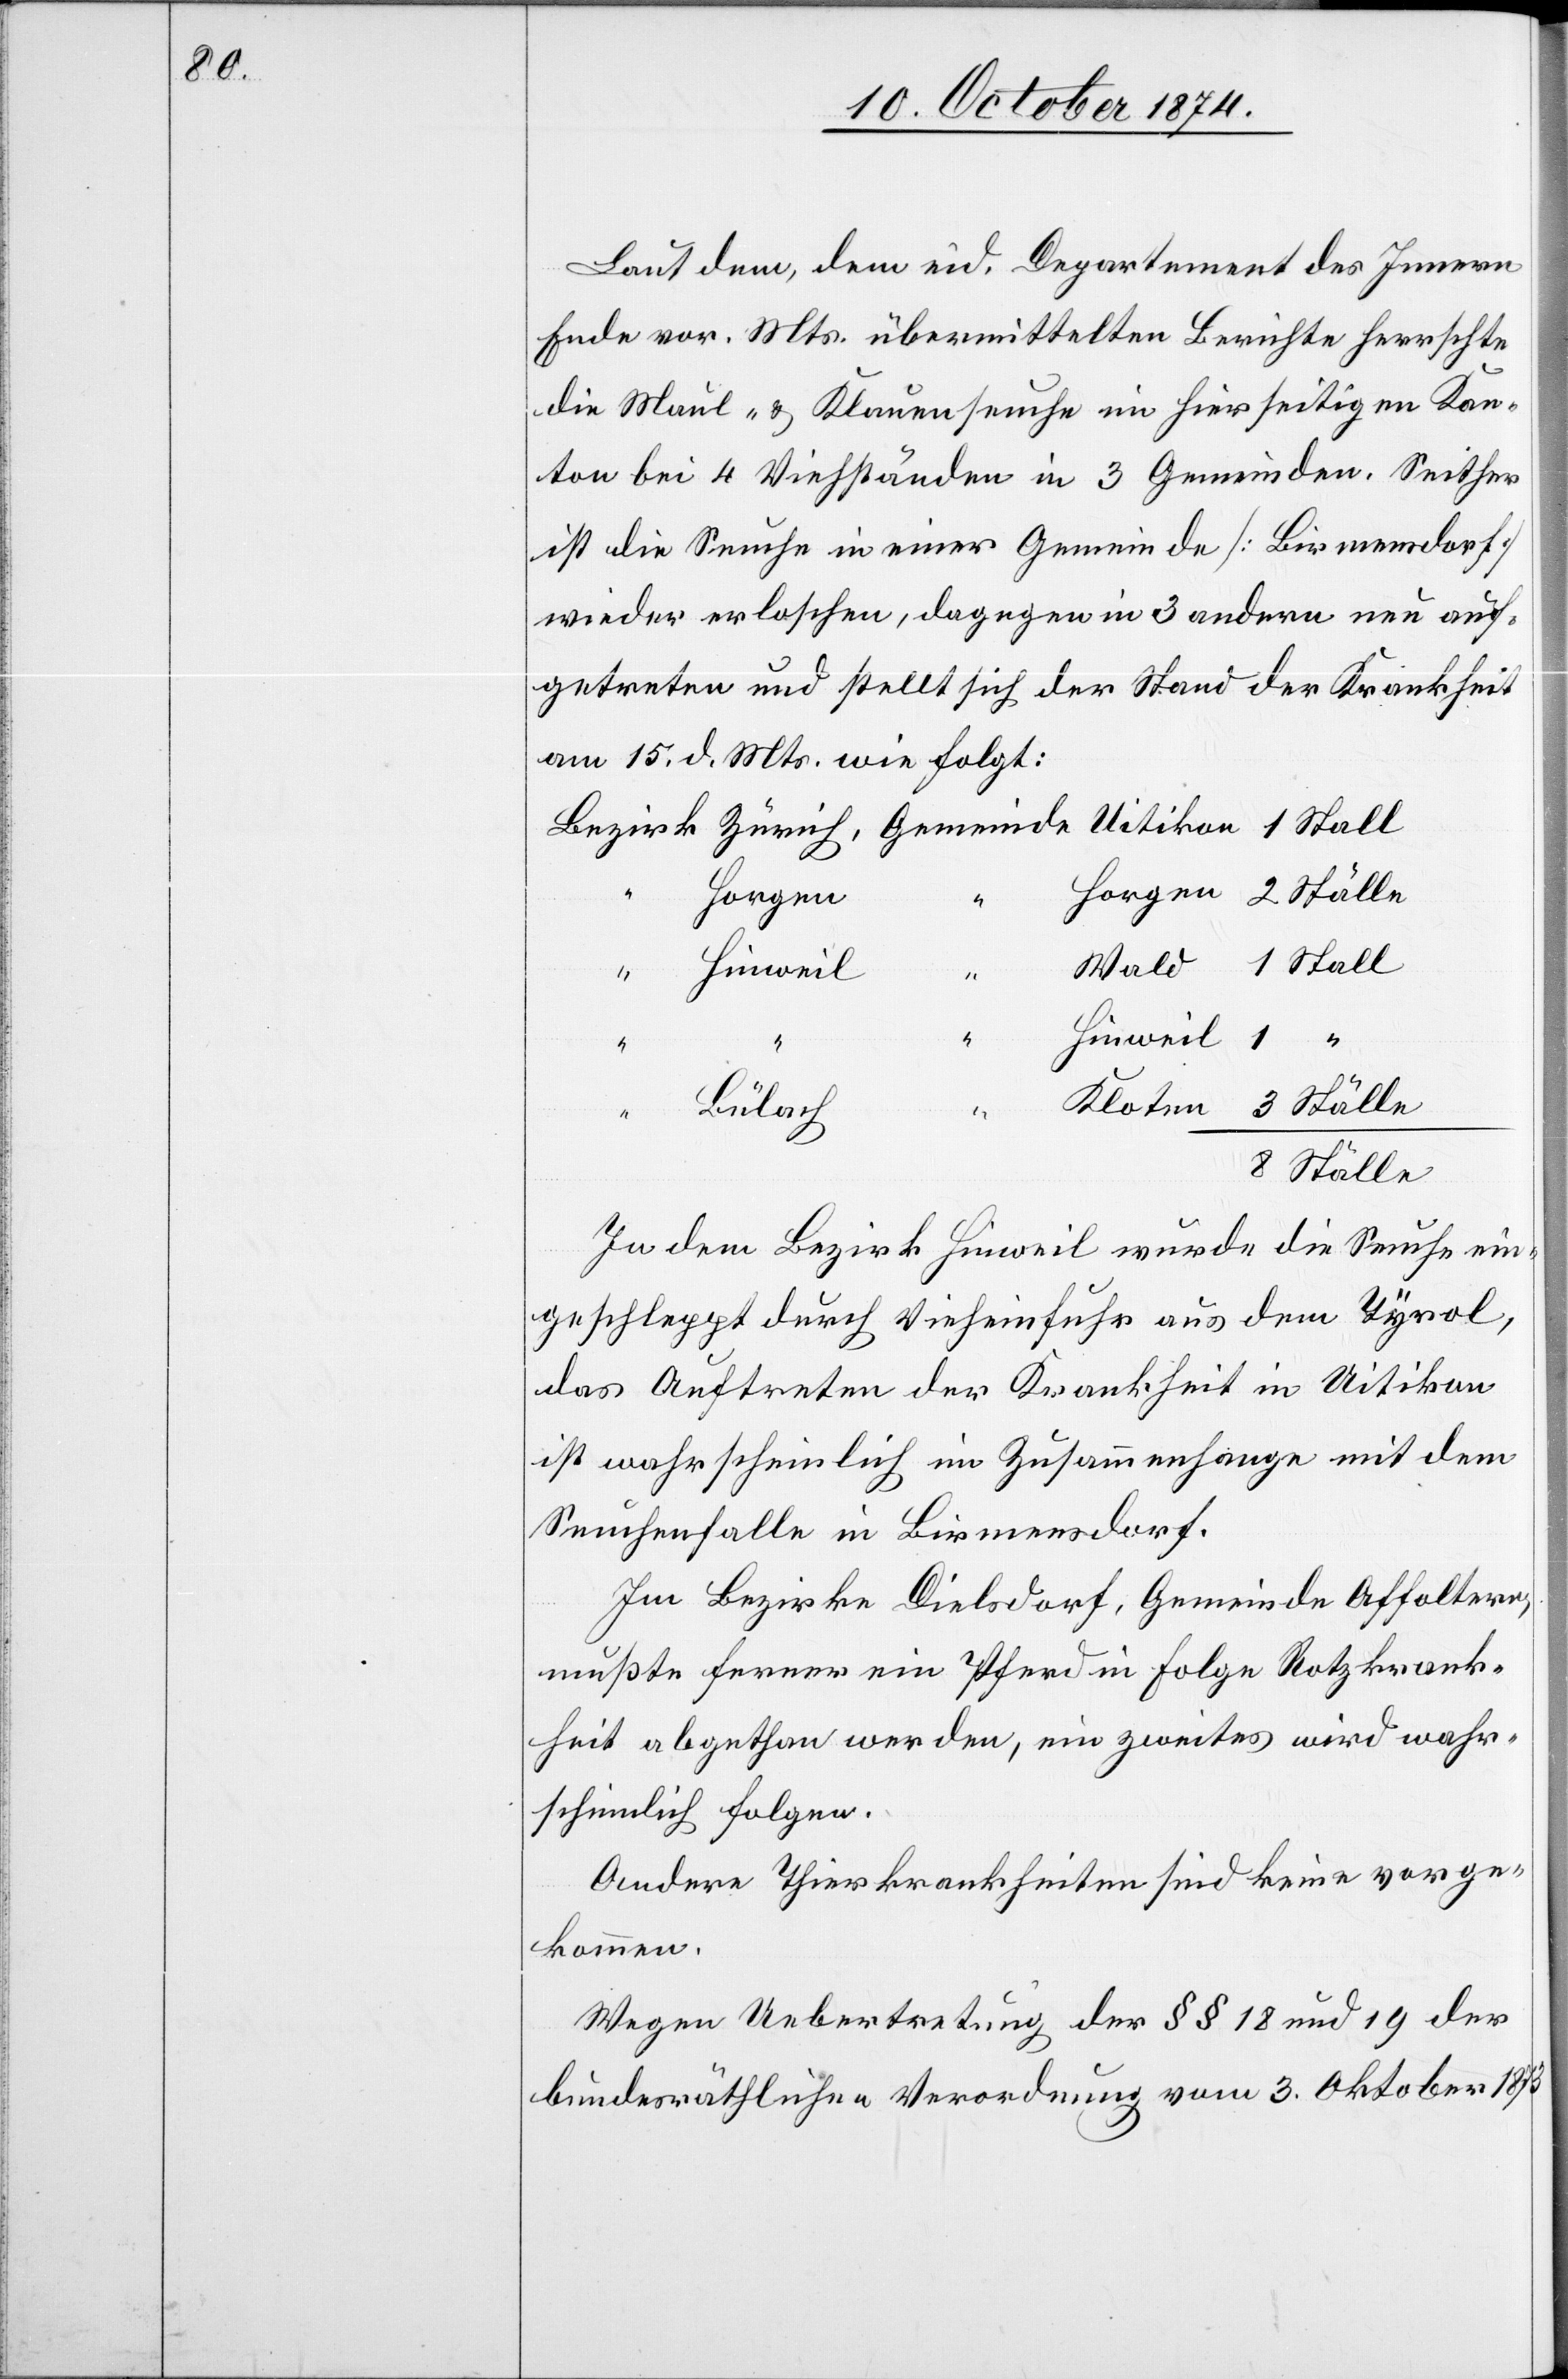
Laut dem, dem eid. Departement des Innern
Ende vor. Mts. übermittelten Berichte herrschte
die Maul- & Klauenseuche im hierseitigen Kan¬
ton bei 4 Viehständen in 3 Gemeinden. Seither
ist die Seuche in einer Gemeinde [Birmensdorf]
wieder erloschen, dagegen in 3 andern neu auf¬
getreten und stellt sich der Stand der Krankheit
am 15. d. Mts. wie folgt:
Horgen
Hinweil
1
1
“
Bülach
“
Ställe
In dem Bezirk Hinweil wurde die Seuche ein¬
geschleppt durch Vieheinfuhr aus dem Tyrol,
das Auftreten der Krankheit in Uitikon
ist wahrscheinlich im Zusammenhange mit dem
Seuchenfalle in Birmensdorf.
Im Bezirke Dielsdorf, Gemeinde Affoltern,
mußte ferner ein Pferd in Folge Rotzkrank¬
heit abgethan werden, ein zweites wird wahr¬
scheinlich folgen.
Andere Thierkrankheiten sind keine vorge¬
kommen.
Wegen Uebertretung der §§ 18 und 19 der
bundesräthlichen Verordnung vom 3. Oktober 1873